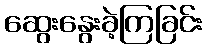
ဆွေးနွေးခဲ့ကြခြင်း